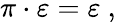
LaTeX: \pi\cdot\varepsilon=\varepsilon~,